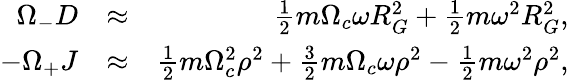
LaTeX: \begin{array}{rlr}{\Omega_{-}D}&{\approx}&{\frac{1}{2}m\Omega_{c}\omega R_{G}^{2}+\frac{1}{2}m\omega^{2}R_{G}^{2},}\\ {-\Omega_{+}J}&{\approx}&{\frac{1}{2}m\Omega_{c}^{2}\rho^{2}+\frac{3}{2}m\Omega_{c}\omega\rho^{2}-\frac{1}{2}m\omega^{2}\rho^{2},}\end{array}